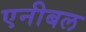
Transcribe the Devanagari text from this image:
एनीबल